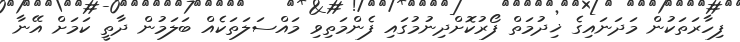
ފިހާރަތަކުން މަދަނައިގެ ޚިދުމަތް ފޯރުކޮށްދިނުމުގައި ފެންމަތިވި މައްސަލަތަކެއް ބަލަމުން ދާތީ ކަމަށް އޭނާ